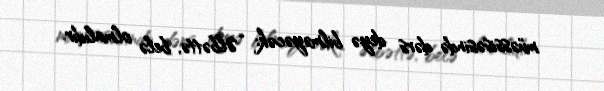
müəssisəsində dərs deyə bilməyəcək: “Əlbəttə, belə olmalıdır.